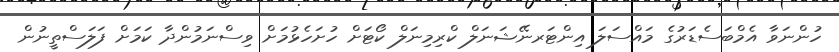
ހުންނަވާ އެމްބަސެޑަރުގެ މައްސަލަ އިންޓަރނޭޝަނަލް ކްރިމިނަލް ކޯޓަށް ހުށަހެޅުމަށް ވިސްނަމުންދާ ކަމަށް ފަލަސްތީނުން